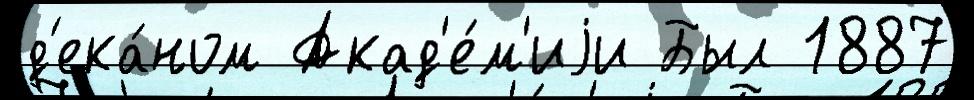
д'ека́ном Акад'е́м'иjи Был 1887